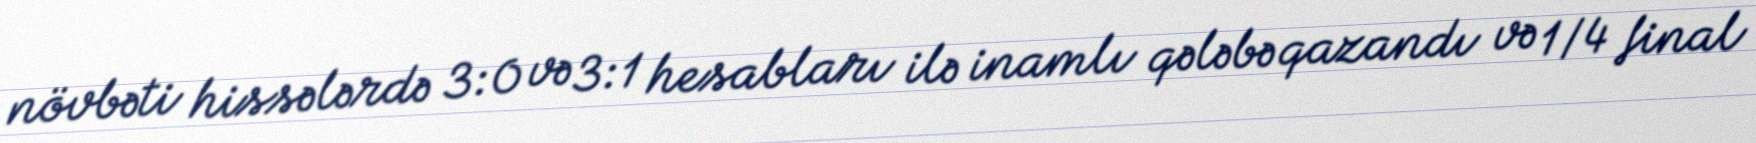
növbəti hissələrdə 3:0 və 3:1 hesabları ilə inamlı qələbə qazandı və 1/4 final